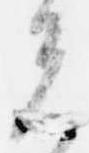
先